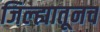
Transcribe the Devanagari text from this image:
जिल्ह्यातूनच